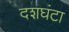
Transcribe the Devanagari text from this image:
दशघंटा